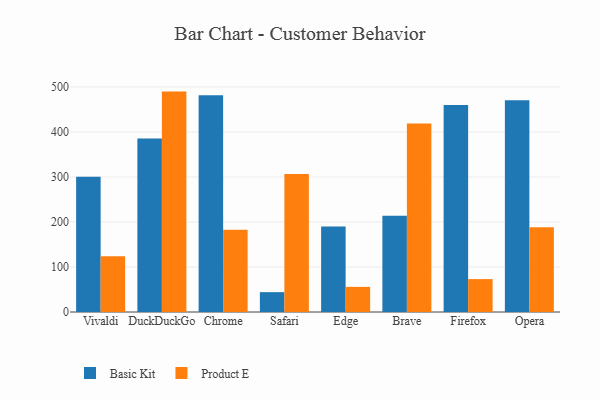
{"axis": {"x": "Browser", "y": "Latency (ms)"}, "legend": ["Basic Kit", "Product E"], "data": [{"x": "Vivaldi", "y": 300.3, "type": "Basic Kit"}, {"x": "Vivaldi", "y": 123.7, "type": "Product E"}, {"x": "DuckDuckGo", "y": 385.3, "type": "Basic Kit"}, {"x": "DuckDuckGo", "y": 489.6, "type": "Product E"}, {"x": "Chrome", "y": 481.6, "type": "Basic Kit"}, {"x": "Chrome", "y": 182.5, "type": "Product E"}, {"x": "Safari", "y": 44.1, "type": "Basic Kit"}, {"x": "Safari", "y": 306.7, "type": "Product E"}, {"x": "Edge", "y": 189.7, "type": "Basic Kit"}, {"x": "Edge", "y": 55.8, "type": "Product E"}, {"x": "Brave", "y": 213.9, "type": "Basic Kit"}, {"x": "Brave", "y": 418.7, "type": "Product E"}, {"x": "Firefox", "y": 459.9, "type": "Basic Kit"}, {"x": "Firefox", "y": 73.1, "type": "Product E"}, {"x": "Opera", "y": 470.4, "type": "Basic Kit"}, {"x": "Opera", "y": 188.5, "type": "Product E"}]}